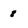
Character: 8